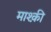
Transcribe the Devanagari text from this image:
माश्क़ी